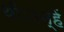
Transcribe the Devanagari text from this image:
थीं।उन्हें